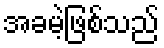
အခမဲ့ဖြစ်သည်